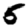
Digit: 5